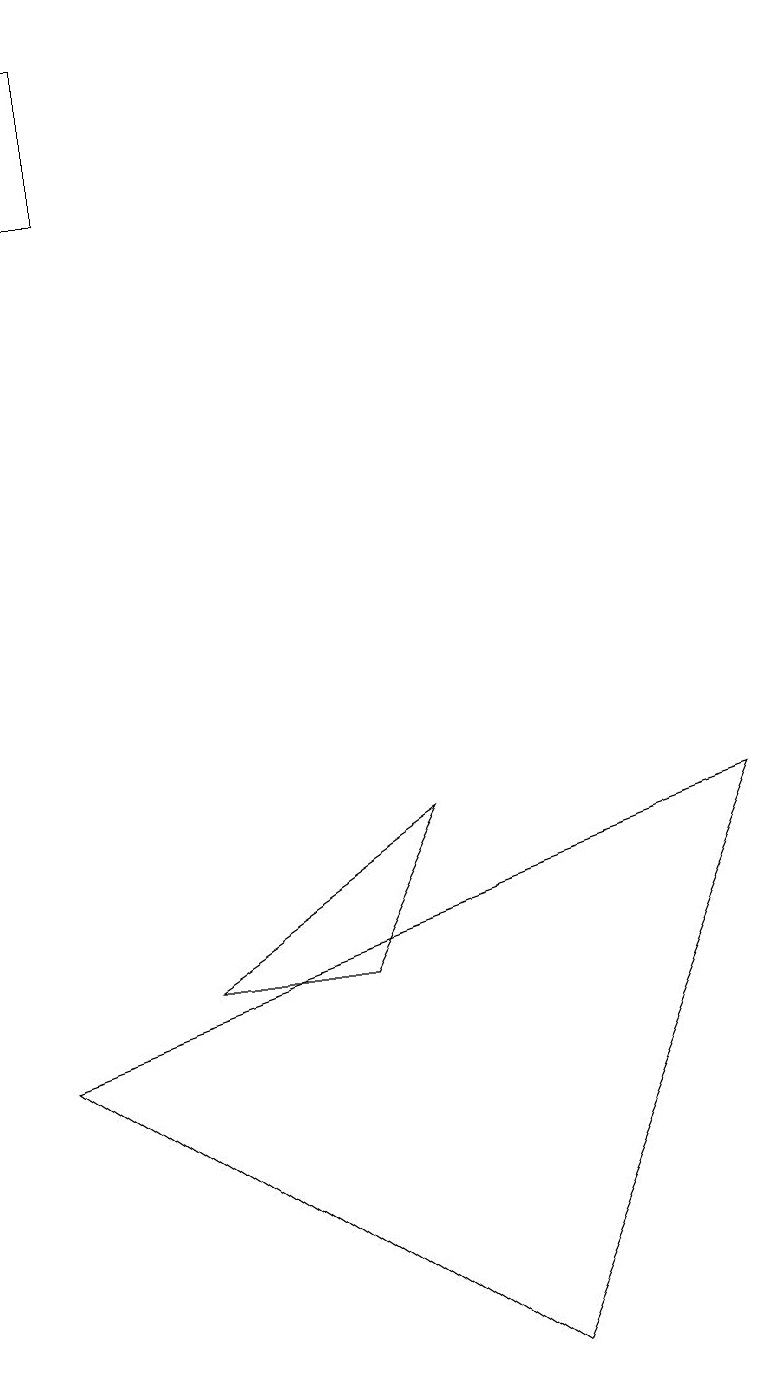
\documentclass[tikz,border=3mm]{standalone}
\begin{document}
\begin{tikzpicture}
\draw (0,17) rectangle (1,19);
\draw (5,9) -- (2,7) -- (4,7) -- cycle;
\draw (9,9) -- (6,2) -- (0,6) -- cycle;
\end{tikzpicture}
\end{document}